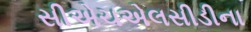
સીએચએલસીડીના